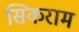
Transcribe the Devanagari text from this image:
सिकराम